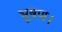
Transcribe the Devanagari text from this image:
भूषण।